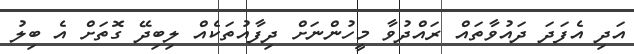
އަދި އެފަދަ ދައުވާތައް ރައްދުވާ މީހުންނަށް ދިފާއުތަކެއް ލިބިދޭ ގޮތަށް އެ ބިލު